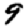
Digit: 9